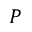
P